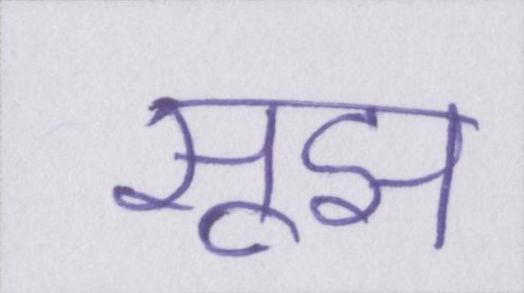
सूझ